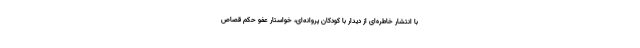
با انتشار خاطره‌ای از دیدار با کودکان پروانه‌ای، خواستار عفو حکم قصاص